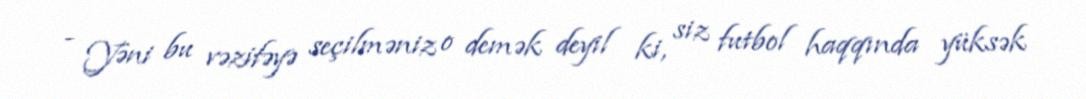
- Yəni bu vəzifəyə seçilməniz o demək deyil ki, siz futbol haqqında yüksək